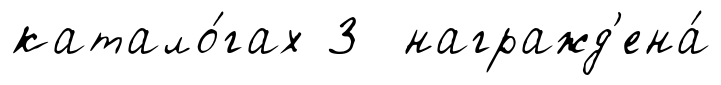
катало́гах 3 награжд'ена́